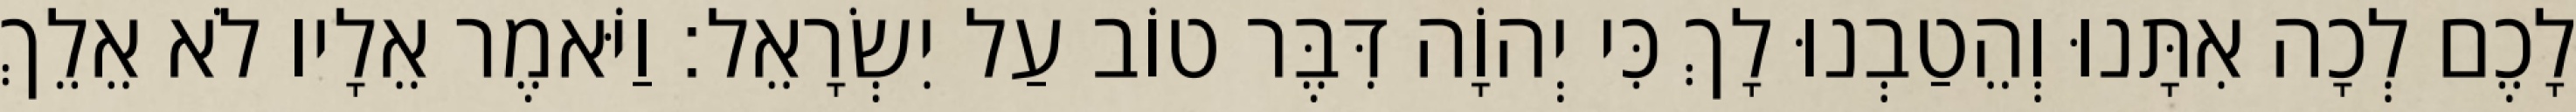
לָכֶם לְכָה אִתָּנוּ וְהֵטַבְנוּ לָךְ כִּי יְהוָֹה דִּבֶּר טוֹב עַל יִשְׂרָאֵל׃ וַיֹּאמֶר אֵלָיו לֹא אֵלֵךְ